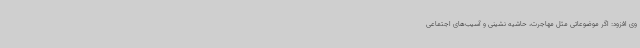
وی افزود: اگر موضوعاتی مثل مهاجرت، حاشیه نشینی و آسیب‌های اجتماعی